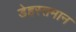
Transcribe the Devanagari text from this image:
डेहस्तमान